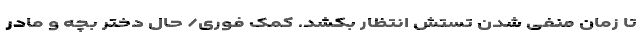
تا زمان منفی شدن تستش انتظار بکشد. کمک فوری/ حال دختر بچه و مادر